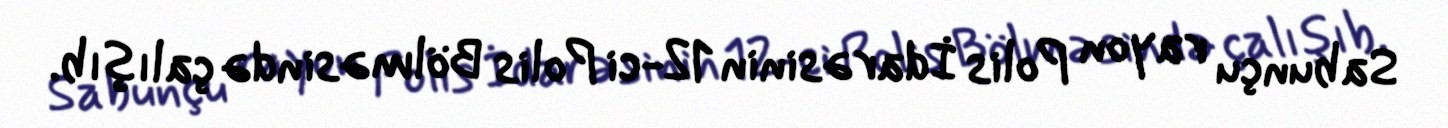
Sabunçu rayon Polis İdarəsinin 12-ci Polis Bölməsində çalışıb.